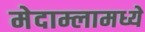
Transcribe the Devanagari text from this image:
मेदाम्लामध्ये